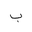
Letter: _ba